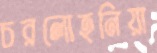
চরলোহনিয়া